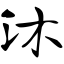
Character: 沐